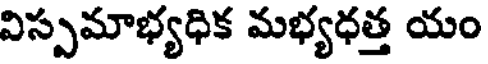
విస్పమాభ్యధిక మభ్యధత్త యం